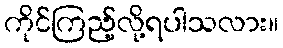
ကိုင်ကြည့်လို့ရပါသလား။